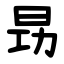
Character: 昮